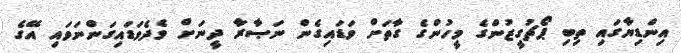
އިންޑިޔާގައި ތިބި ޕޯޗުގީޒުންގެ މީހުންގެ ގާތަށް ވަޑައިގެން ނަޞާރާ ދީނަށް ވެދެވަޑައިގަންނަވައި އޭގެ